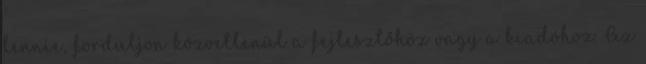
lennie, forduljon közvetlenül a fejlesztőhöz vagy a kiadóhoz. Az